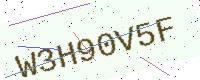
Text: W3H90V5F